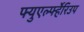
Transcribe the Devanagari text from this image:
फ्युएर्ल्फ्हेरिउप